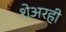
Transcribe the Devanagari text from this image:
शेअरही